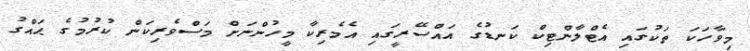
މިވާހަކަ ތަކުގައި އެޓްލާންޓިކް ކަނޑުގެ އައްސޭރީގައި އެމެރިކާ މީހުންނަށް މަސްވެރިކަން ކުރުމުގެ ޙައްގު